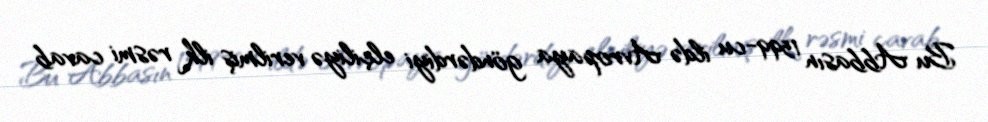
Bu Abbasın 1599-cu ildə Avropaya göndərdiyi elçiliyə verilmiş ilk rəsmi cavab